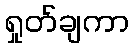
ရှုတ်ချကာ